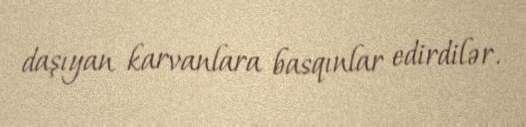
daşıyan karvanlara basqınlar edirdilər.